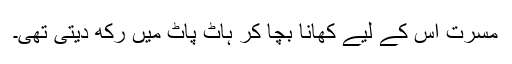
مسرت اس کے لیے کھانا بچا کر ہاٹ پاٹ میں رکھ دیتی تھی۔